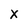
Character: X